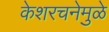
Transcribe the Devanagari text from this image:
केशरचनेमुळे